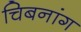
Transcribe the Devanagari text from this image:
चिबनांग